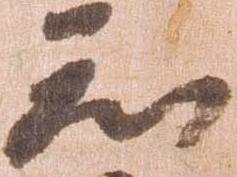
知